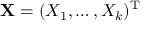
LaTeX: \mathbf { X } = ( X _ { 1 } , \ldots , X _ { k } ) ^ { \mathrm { T } }